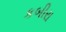
કબીરા